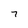
Character: 7